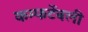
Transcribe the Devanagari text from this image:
कम्फर्टेबली